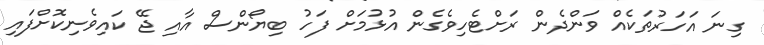
ގިނަ އަހަރުތަކެއް ވަންދެން ރަށްޓެހިވެގެން އުޅުމަށް ފަހު ބިޔޯންސް އާއި ޖޭ ކައިވެނިކޮށްފައި